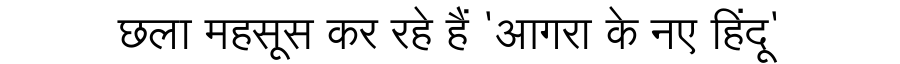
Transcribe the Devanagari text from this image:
छला महसूस कर रहे हैं 'आगरा के नए हिंदू'